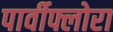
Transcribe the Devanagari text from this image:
पार्वीफ्लोरा